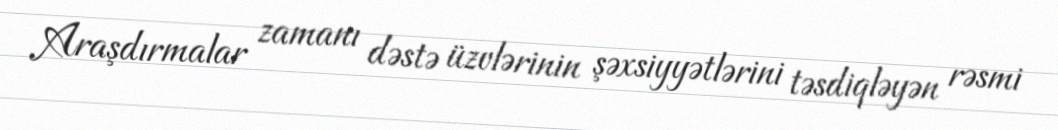
Araşdırmalar zamanı dəstə üzvlərinin şəxsiyyətlərini təsdiqləyən rəsmi